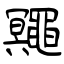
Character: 鼆